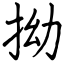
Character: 拗